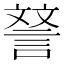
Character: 𮘝